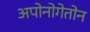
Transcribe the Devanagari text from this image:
अपोनोगेतोन